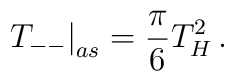
\left. T_{--}\right| _{as}=\frac{\pi }{6}T_{H}^{2}\, .